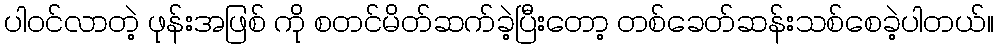
ပါဝင်လာတဲ့ ဖုန်းအဖြစ် ကို စတင်မိတ်ဆက်ခဲ့ပြီးတော့ တစ်ခေတ်ဆန်းသစ်စေခဲ့ပါတယ်။